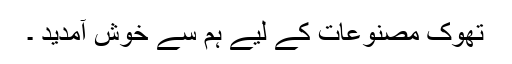
تھوک مصنوعات کے لیے ہم سے خوش آمدید ۔